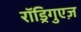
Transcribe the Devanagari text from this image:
रॉड्रिगुएज़